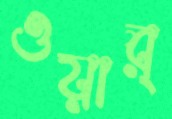
ওয়ার্